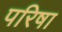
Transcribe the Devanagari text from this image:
परिषा